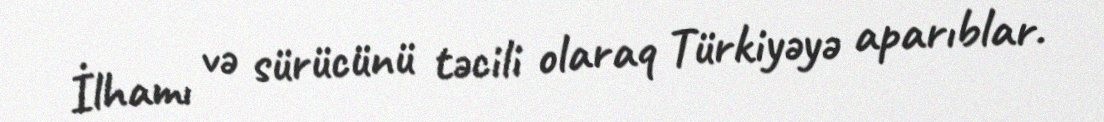
İlhamı və sürücünü təcili olaraq Türkiyəyə aparıblar.